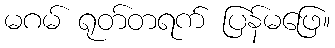
မဂမ် ရုတ်တရက် ပြန်မဖြေ။